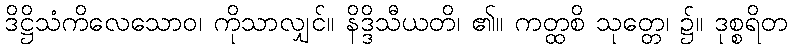
ဒိဋ္ဌိသံကိလေသောဝ၊ ကိုသာလျှင်။ နိဒ္ဒိသီယတိ၊ ၏။ ကတ္ထစိ သုတ္တေ၊ ၌။ ဒုစ္စရိတ